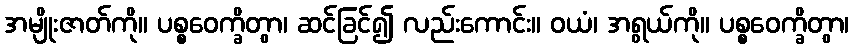
အမျိုးဇာတ်ကို။ ပစ္စဝေက္ခိတွာ၊ ဆင်ခြင်၍ လည်းကောင်း။ ဝယံ၊ အရွယ်ကို။ ပစ္စဝေက္ခိတွာ၊